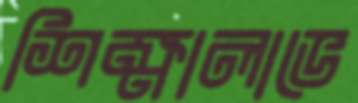
শিক্ষালাভে